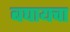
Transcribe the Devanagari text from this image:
बघायचा